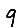
Digit: 9